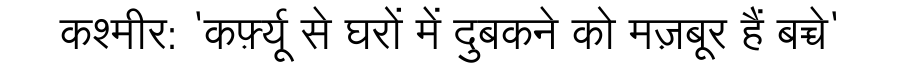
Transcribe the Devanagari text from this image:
कश्मीर: 'कर्फ़्यू से घरों में दुबकने को मज़बूर हैं बच्चे'